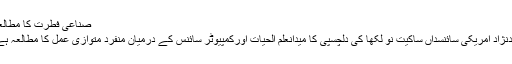
صنّاعیٔ فطرت کا مطالعہ
ہندنژاد امریکی سائنسداں ساکیت نو لکھا کی دلچسپی کا میدانعلم الحیات اورکمپیوٹر سائنس کے درمیان منفرد متوازی عمل کا مطالعہ ہے۔